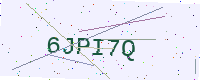
Text: 6JPI7Q